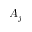
A _ { j }